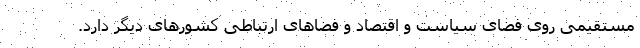
مستقیمی روی فضای سیاست و اقتصاد و فضاهای ارتباطی کشورهای دیگر دارد.